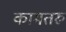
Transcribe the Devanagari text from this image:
कामतरु